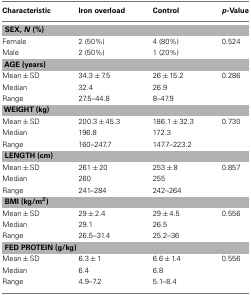
<table><thead><tr><td><b>Characteristic</b></td><td><b>Iron overload</b></td><td><b>Control</b></td><td><b><i>p</i>-Value</b></td></tr></thead><tbody><tr><td colspan="4"><b>SEX, <i>N</i> (%)</b></td></tr><tr><td>Female</td><td>2 (50%)</td><td>4 (80%)</td><td>0.524</td></tr><tr><td>Male</td><td>2 (50%)</td><td>1 (20%)</td><td></td></tr><tr><td colspan="4"><b>AGE (years)</b></td></tr><tr><td>Mean ± SD</td><td>34.3 ± 7.5</td><td>26 ± 15.2</td><td>0.286</td></tr><tr><td>Median</td><td>32.4</td><td>26.9</td><td></td></tr><tr><td>Range</td><td>27.5–44.8</td><td>8–47.9</td><td></td></tr><tr><td colspan="4"><b>WEIGHT (kg)</b></td></tr><tr><td>Mean ± SD</td><td>200.3 ± 45.3</td><td>186.1 ± 32.3</td><td>0.730</td></tr><tr><td>Median</td><td>196.8</td><td>172.3</td><td></td></tr><tr><td>Range</td><td>160–247.7</td><td>147.7–223.2</td><td></td></tr><tr><td colspan="4"><b>LENGTH (cm)</b></td></tr><tr><td>Mean ± SD</td><td>261 ± 20</td><td>253 ± 8</td><td>0.857</td></tr><tr><td>Median</td><td>260</td><td>255</td><td></td></tr><tr><td>Range</td><td>241–284</td><td>242–264</td><td></td></tr><tr><td colspan="4"><b>BMI (kg/m<sup>2</sup>)</b></td></tr><tr><td>Mean ± SD</td><td>29 ± 2.4</td><td>29 ± 4.5</td><td>0.556</td></tr><tr><td>Median</td><td>29.1</td><td>26.5</td><td></td></tr><tr><td>Range</td><td>26.5–31.4</td><td>25.2–36</td><td></td></tr><tr><td colspan="4"><b>FED PROTEIN (g/kg)</b></td></tr><tr><td>Mean ± SD</td><td>6.3 ± 1</td><td>6.6 ± 1.4</td><td>0.556</td></tr><tr><td>Median</td><td>6.4</td><td>6.8</td><td></td></tr><tr><td>Range</td><td>4.9–7.2</td><td>5.1–8.4</td><td></td></tr></tbody></table>